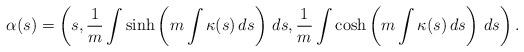
LaTeX: \begin{align*}\alpha (s)=\left( s,\frac{1}{m}\int \sinh \left( m\int \kappa (s)\,ds\right) \,ds,\frac{1}{m}\int \cosh \left( m\int \kappa (s)\,ds\right) \,ds\right).\end{align*}